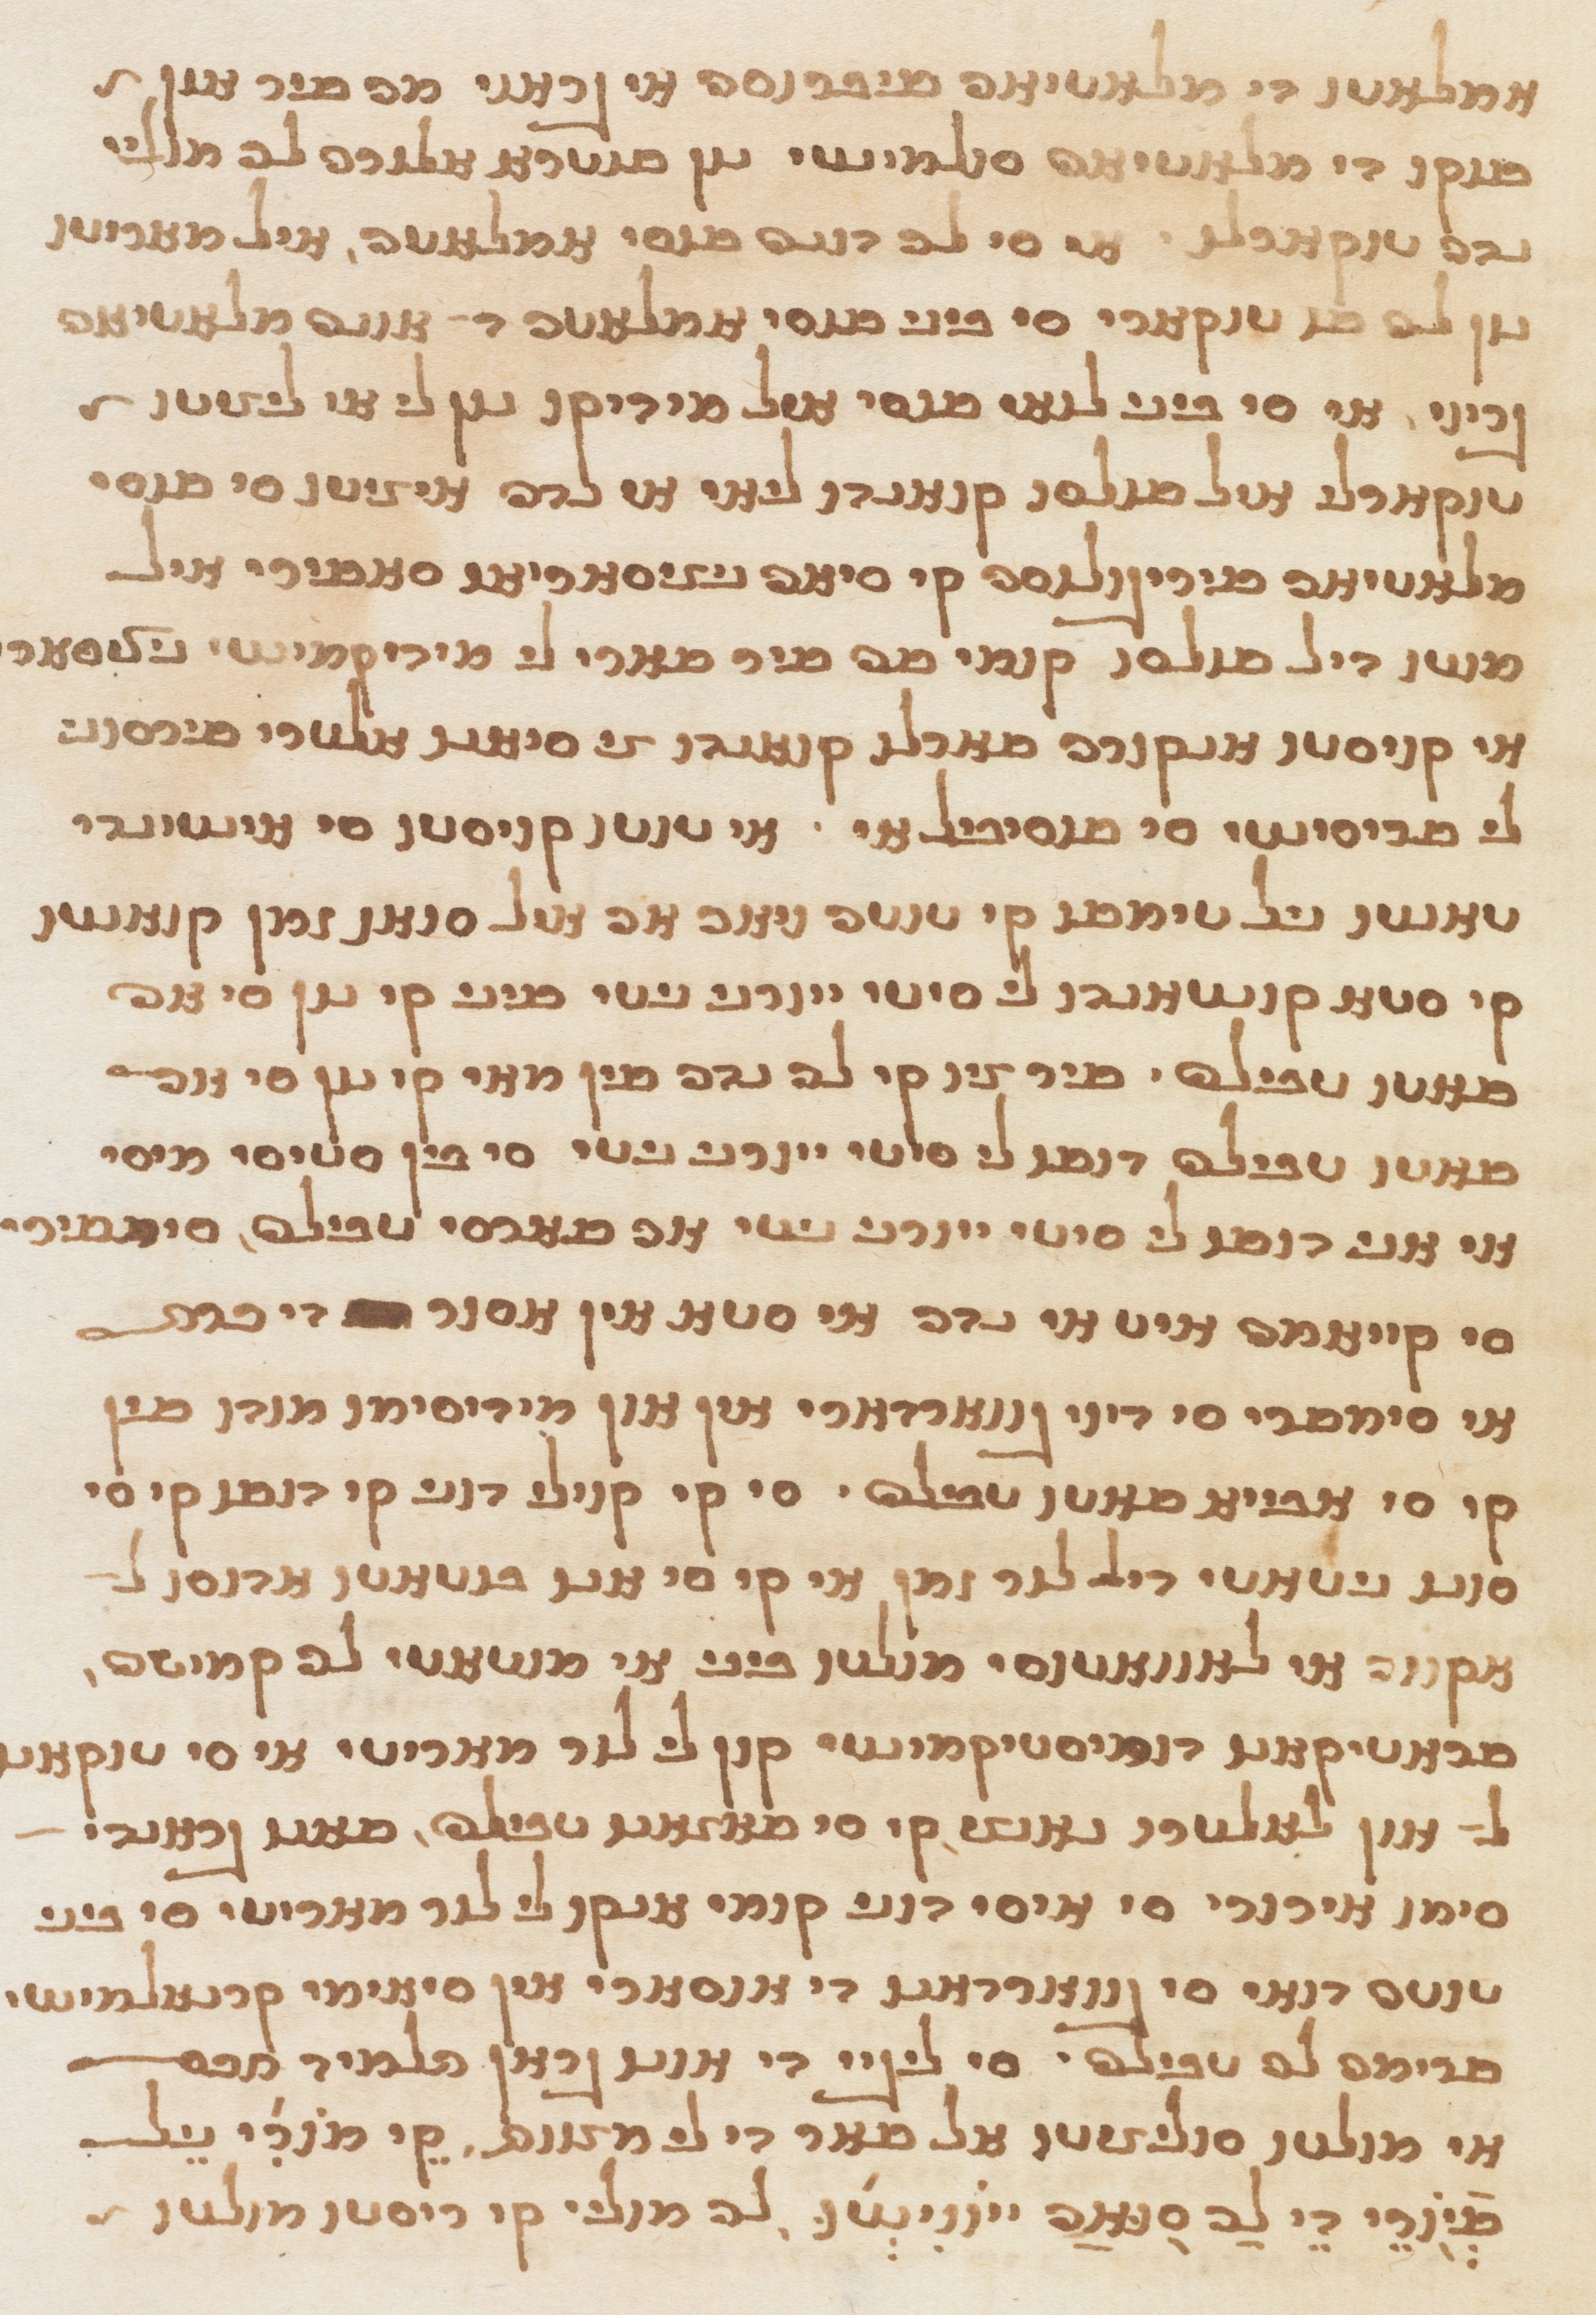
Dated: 1565–1599